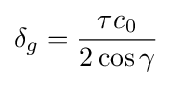
\delta _{g}={\frac {\tau c_{0}}{2\cos \gamma }}